Vital statistics of India. Vol. IV, Annual returns from 1871 to 1876. British Army of India, Native Army and jails of Bengal
Year: 1871
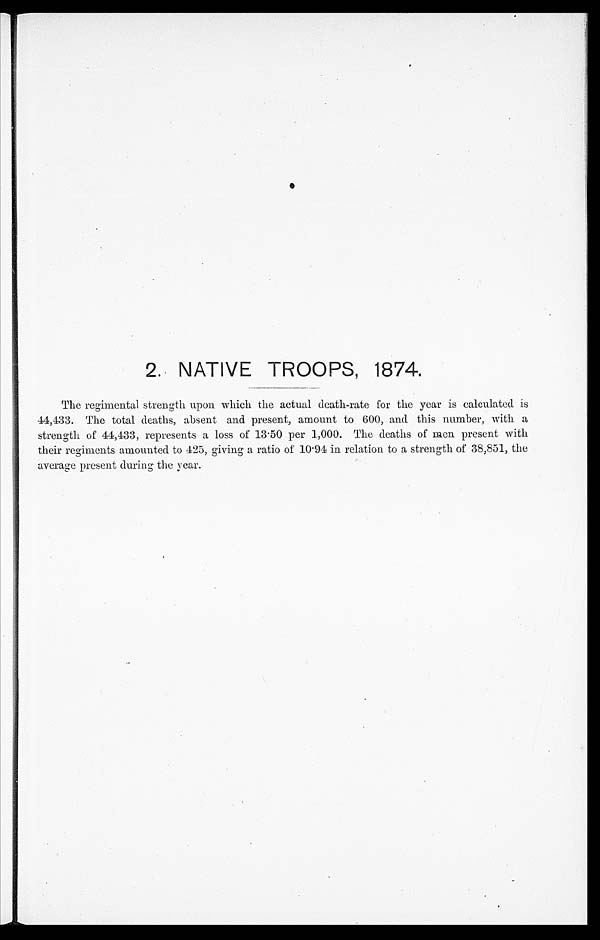
2. NATIVE TROOPS, 1874.
The regimental strength upon which the actual death-rate for the year is calculated is
44,433. The total deaths, absent and present, amount to 600, and this number, with a
strength of 44,433, represents a loss of 13.50 per 1,000. The deaths of men present with
their regiments amounted to 425, giving a ratio of 10.94 in relation to a strength of 38,851, the
average present during the year.